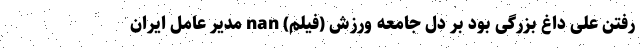
رفتن علی داغ بزرگی بود بر دل جامعه ورزش (فیلم) nan مدیر عامل ایران